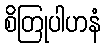
စိတြုပါဟနံ